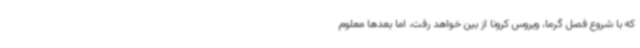
که با شروع فصل گرما، ویروس کرونا از بین خواهد رفت، اما بعدها معلوم